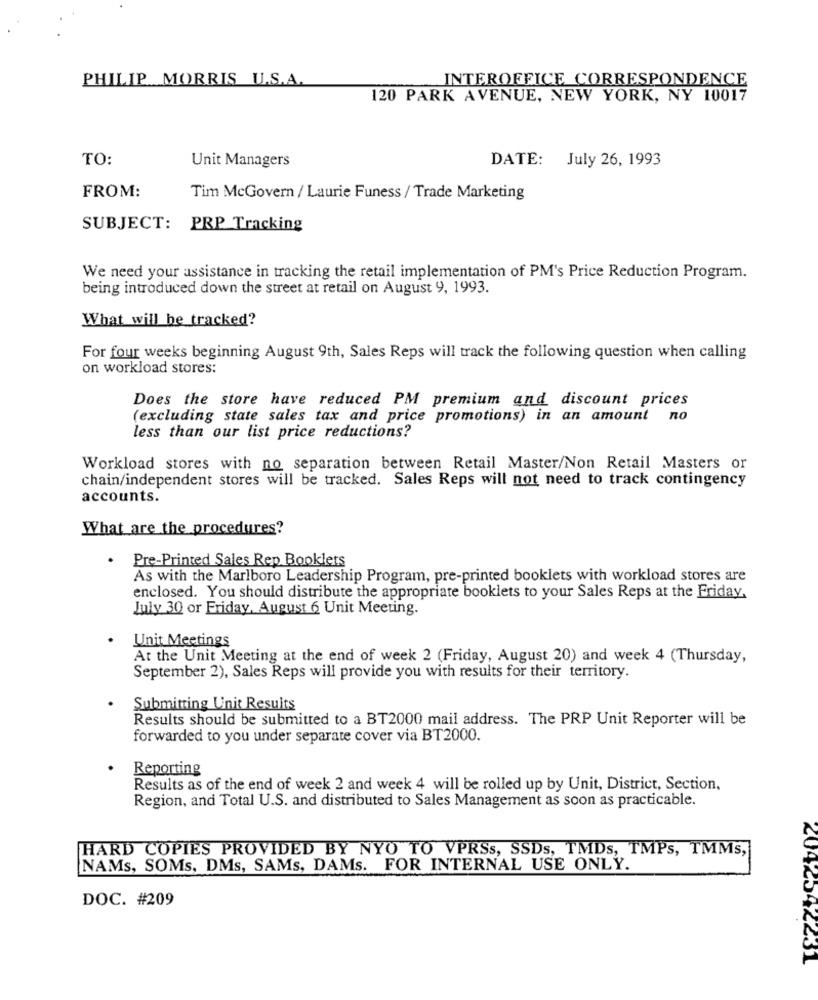
PHILIP MORRIS U.S.A.
INTEROFFICE CORRESPONDENCE
120 PARK AVENUE, NEW YORK, NY 10017
TO:
Unit Managers
DATE: July 26, 1993
FROM:
Tim McGovern / Laurie Funess / Trade Marketing
SUBJECT: PRP Tracking
We need your assistance in tracking the retail implementation of PM's Price Reduction Program.
being introduced down the street at retail on August 9, 1993.
What will be tracked?
For four weeks beginning August 9th, Sales Reps will track the following question when calling
on workload stores:
Does the store have reduced PM premium and discount prices
(excluding state sales tax and price promotions) in an amount no
less than our list price reductions?
Workload stores with no separation between Retail Master/Non Retail Masters or
chain/independent stores will be tracked. Sales Reps will not need to track contingency
accounts.
What are the procedures?
. Pre-Printed Sales Rep Booklets
As with the Marlboro Leadership Program, pre-printed booklets with workload stores are
enclosed. You should distribute the appropriate booklets to your Sales Reps at the Friday,
July 30 or Friday, August 6 Unit Meeting.
Unit Meetings
At the Unit Meeting at the end of week 2 (Friday, August 20) and week 4 (Thursday,
September 2), Sales Reps will provide you with results for their territory.
Submitting Unit Results
Results should be submitted to a BT2000 mail address. The PRP Unit Reporter will be
forwarded to you under separate cover via BT2000.
Reporting
Results as of the end of week 2 and week 4 will be rolled up by Unit, District, Section,
Region, and Total U.S. and distributed to Sales Management as soon as practicable.
HARD COPIES PROVIDED BY NYO TO VPRSs, SSDs, TMDs, TMPs, TMMs,
NAMs, SOMs, DMs, SAMs, DAMs. FOR INTERNAL USE ONLY.
DOC. #209
2042542231